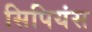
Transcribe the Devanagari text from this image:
सिपियंस